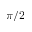
- \pi / 2